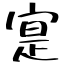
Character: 寔